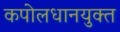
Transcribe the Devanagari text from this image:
कपोलधानयुक्त